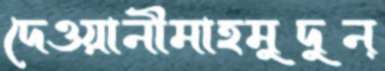
দেওয়ানীমাহমুদুন্